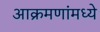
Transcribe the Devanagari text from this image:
आक्रमणांमध्ये